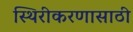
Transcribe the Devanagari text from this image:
स्थिरीकरणासाठी